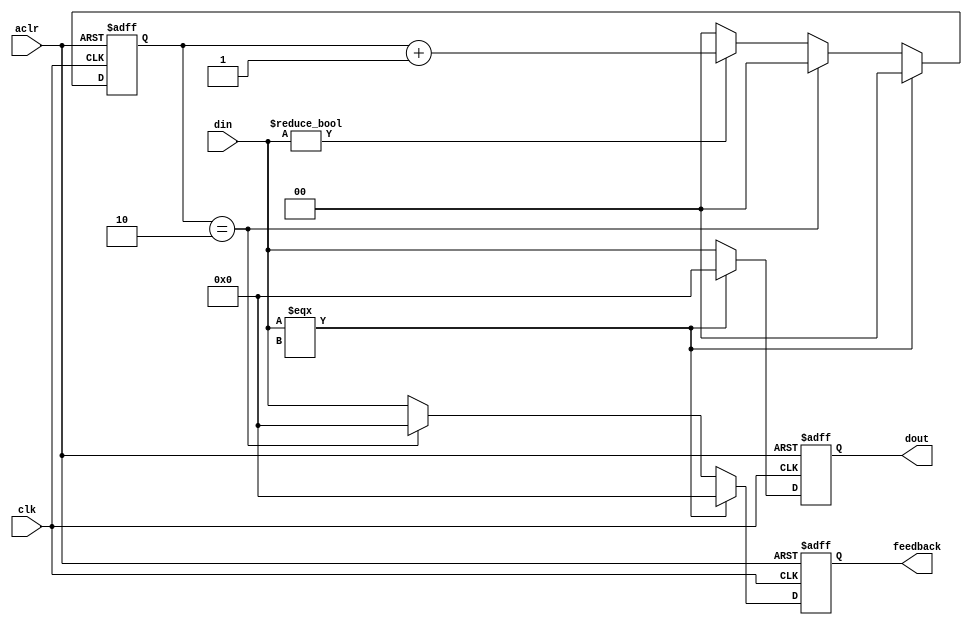
module feedback_gate(din, clk, aclr, feedback, dout);
input [15:0] din;
input clk, aclr;

output [15:0] feedback, dout;

reg [15:0] dout;
reg [15:0] feedback;
reg [1:0] counter;

always @(negedge clk or posedge aclr)
begin
		
	if(aclr == 1'b1)
	begin
		feedback <= 16'b0000000000000000;
		dout <= 16'b0000000000000000;
		counter <= 2'b00;
	end
	

	else if(din === 16'bXXXXXXXXXXXXXXXX)
	begin
		feedback <= 16'b0000000000000000;
		dout <= 16'b0000000000000000;
		counter <= 2'b00;
	end
	
	// If the output is ready to be reset.
	else if(counter == 2'b10)
	begin
		feedback <= 16'b0000000000000000;
		dout <= din;
		counter <= 2'b00;
	end
	else if(din != 8'b00000000)
	begin
		feedback <= din;
		dout <= din;
		counter <= counter + 2'b01;
	end
	else
	begin
		feedback <= din;
		dout <= din;
		counter <= 2'b00;
	end
end

endmodule